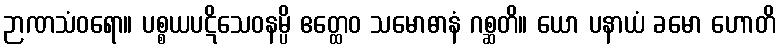
ဉာဏသံဝရော။ ပစ္စယပဋိသေဝနမ္ပိ ဧတ္ထေဝ သမောဓာနံ ဂစ္ဆတိ။ ယော ပနာယံ ခမော ဟောတိ